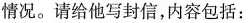
情况。请给他写封信，内容包括：